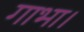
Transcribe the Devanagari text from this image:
गाभा।